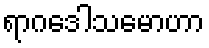
ရာဂဒေါသမောဟာ